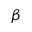
\beta